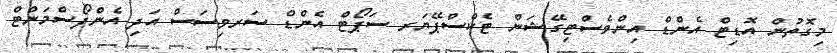
މިގޮތުން އޮޑިޓް އެންޑް އިންވެސްޓިގޭޝަން ޓެކްސްޕޭޔަރ ސަޕޯޓް އެންޑް ސަރވިސަސް އަދި އެންފޯސްމަންޓް